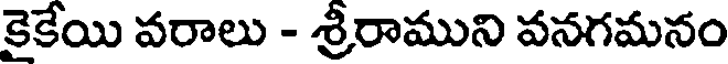
కైకేయి వరాలు - శ్రీరాముని వనగమనం